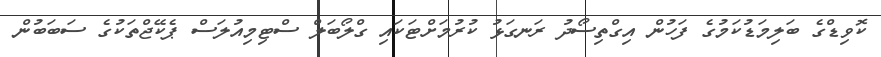
ކޮވިޑްގެ ބަލިމަޑުކަމުގެ ފަހުން އިގްތިސޯދު ރަނގަޅު ކުރުމަށްޓަކައި ގްލޯބަލް ސްޓިމިއުލަސް ޕެކޭޖްތަކުގެ ސަބަބުން